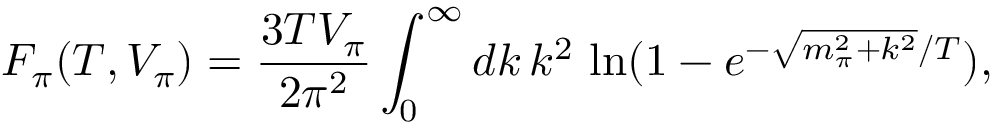
F _ { \pi } ( T , V _ { \pi } ) = \frac { 3 T V _ { \pi } } { 2 \pi ^ { 2 } } \int _ { 0 } ^ { \infty } d k \, k ^ { 2 } \, \ln ( 1 - e ^ { - \sqrt { m _ { \pi } ^ { 2 } + k ^ { 2 } } / T } ) ,